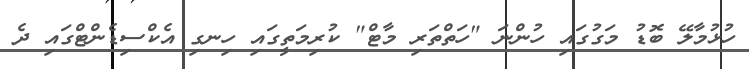
ހުޅުމާލޭ ބޮޑު މަގުގައި ހުންނަ "ހަތްތަރި މާޓް" ކުރިމަތީގައި ހިނގި އެކްސިޑެންޓްގައި ދެ